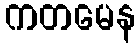
ကတမေန